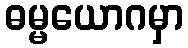
ဓမ္မယောဂမှာ